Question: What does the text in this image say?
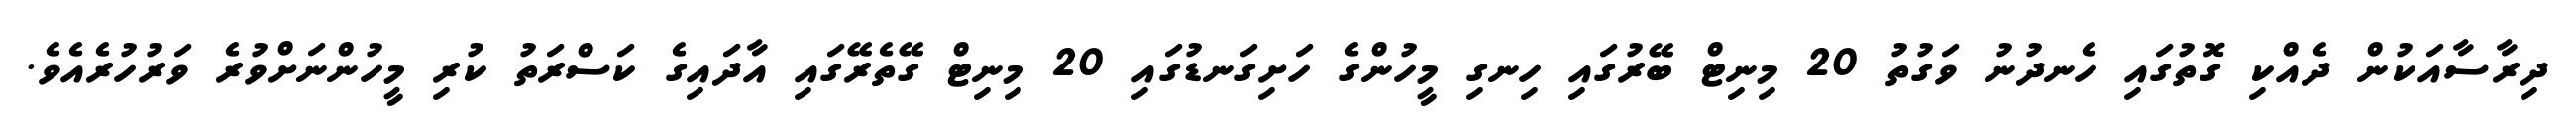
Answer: ދިރާސާއަކުން ދެއްކި ގޮތުގައި ހެނދުނު ވަގުތު 20 މިނިޓް ބޭރުގައި ހިނގި މީހުންގެ ހަށިގަނޑުގައި 20 މިނިޓް ގޭތެރޭގައި އާދައިގެ ކަސްރަތު ކުރި މީހުންނަށްވުރެ ވަރުހުރެއެވެ.